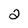
Character: 2